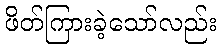
ဖိတ်ကြားခဲ့သော်လည်း